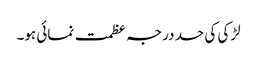
لڑکی کی حد درجہ عظمت نمائی ہو۔